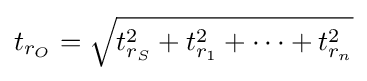
t_{r_{O}}={\sqrt {t_{r_{S}}^{2}+t_{r_{1}}^{2}+\dots +t_{r_{n}}^{2}}}